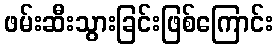
ဖမ်းဆီးသွားခြင်းဖြစ်ကြောင်း